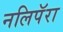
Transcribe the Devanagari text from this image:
नलिपॅरा